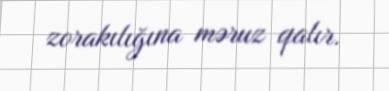
zorakılığına məruz qalır.